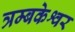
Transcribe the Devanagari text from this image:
त्रम्बकेश्वर